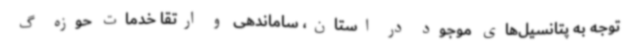
توجه به پتانسیل‌های موجود در استان، ساماندهی و ارتقا خدمات حوزه گ